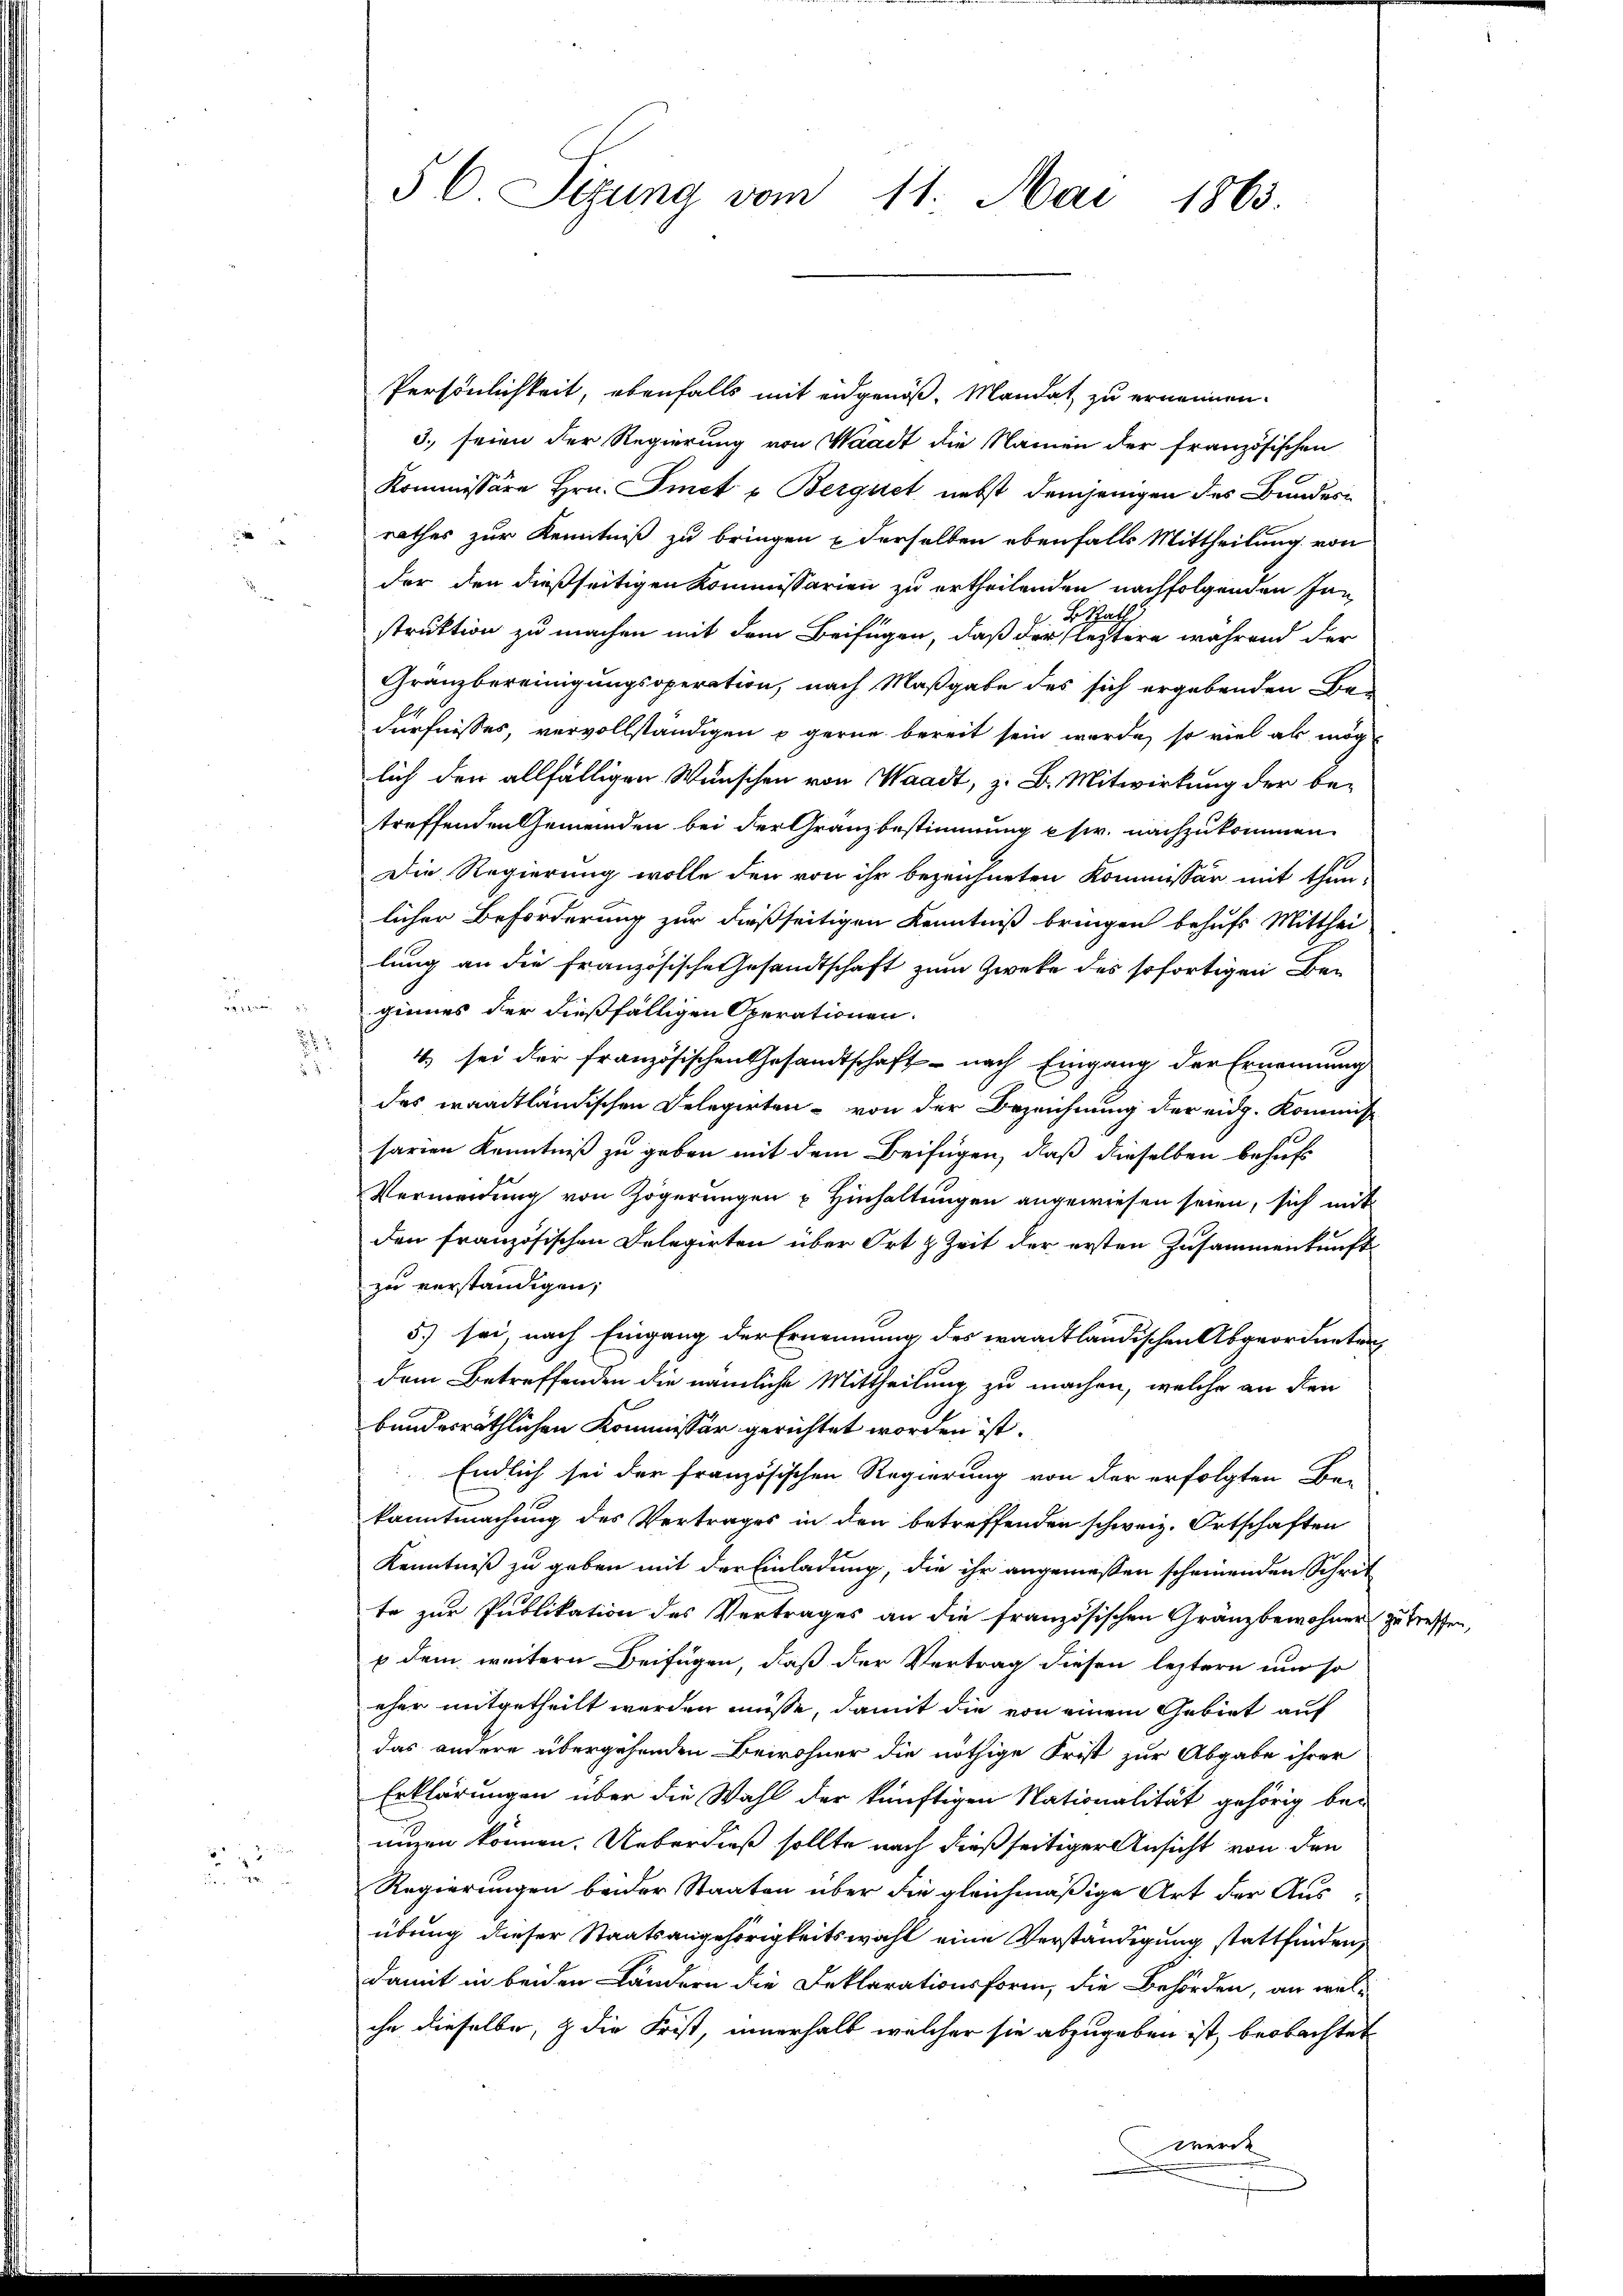
2

22
22

22

5 C. Sigung vom 11. Mai 1863.

Persönlichkeit, ebenfalls mit eidgenöß, Mandat zu ernennen.
3. seien der Regierung von Waadt die Namen der französischen
Kommissäre Hrn. Finet u Bergiet nebst demjenigen des Bundes
rathes zur Kenntniß zu bringen u derselben ebenfalls Mittheilung von
der den dießseitigen Kommissarien zu ertheilenden nachfolgenden Jan
Schatz
struktion zu machen mit dem Beifügen, daß der leztere während der
Granzbereinigungsoperation, nach Maßgabe des sich ergebenden Bedürfnisses, vervollständigen u gerne bereit sein werde, so viel als mög
lich der allfälligen Wunschen von Waadt, z. B. Mitwirkung der be-
treffenden Gemeinden bei der Granzbestimmung usw. nachzukommen.
Die Regierung wolle den von ihr bezeichneten Kommissär mit thun-
licher Beförderung zur dießseitigen Kenntniß bringen behufs Mitthei
lung an die französische Gesandtschaft zum Zweke des sofortigen Be-
ginnes der dießfälligen Operationen.
4) sei der französischen Gesandtschaft - nach Eingang der Ernennung
des waadtländischen Delegirten von der Bezeichnung der eidg. Kommiss
sarien Kenntniß zu geben mit dem Beifügen, daß dieselben behufs
Vermeidung von Zögerungen u Hinhaltungen angewiesen seien, sich mit
den französischen Delegirten über Ort & Zeit der ersten Zusammenkunft
zu verständigen,
5.) sei, nach Eingang der Ernennung des waadtländischen Abgeordneten
dem Betreffenden die nämliche Mittheilung zu machen, welche an den
bundesräthlichen Kommissär gerichtet worden ist.
Endlich sei der französischen Regierung von der erfolgten Be-
kanntmachung des Vertrages in den betreffenden schweiz. Ortschaften
Kenntniß zu geben mit der Einladung, die ihr angemeßen scheinenden Schrit
te zur Publikation des Vertrages an die französischen Gränzbewohner zu treffen,
p dem weitern Beifügen, daß der Vertrag diesen leztern um so
eher mitgetheilt werden müsse, damit die von einem Gebiet auf
das andere übergehenden Bewohner die nöthige Frist zur Abgabe ihrer
Erklärungen über die Wahl der künftigen Nationalität gehörig be-
unzen können. Ueberdieß sollte nach dießseitiger Ansicht von den
Regierungen beider Staaten über die gleichmäßige Art der Aus-
übung dieser Staatsangehörigkeitswahl eine Verständigung stattfinden,
damit in beiden Ländern die Reklarationsform, die Behörden, an welihr dieselbe, & die Frist, innerhalb welcher sie abzugeben ist, beobachtet
werde